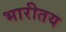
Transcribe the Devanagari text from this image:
भारीतय